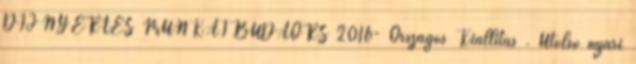
DÍJNYERTES MUNKÁI BUDAÖRS 2016- Országos Kiállítás . Utolsó nyári